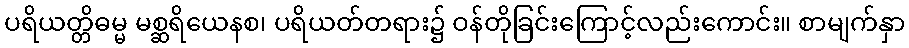
ပရိယတ္တိဓမ္မ မစ္ဆရိယေနစ၊ ပရိယတ်တရား၌ ဝန်တိုခြင်းကြောင့်လည်းကောင်း။ စာမျက်နှာ